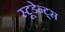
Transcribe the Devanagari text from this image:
स्टूडेन्ट्स